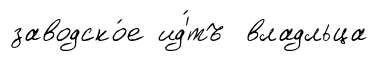
заводско́е ид'́тъ владльца